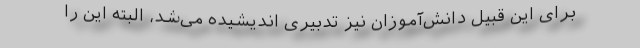
برای این قبیل دانش‌آموزان نیز تدبیری اندیشیده می‌شد، البته این را